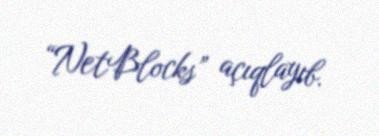
“NetBlocks” açıqlayıb.